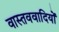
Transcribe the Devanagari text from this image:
वास्तववादियों